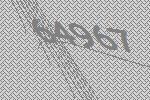
64967